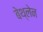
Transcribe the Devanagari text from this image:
बेथ्लेन